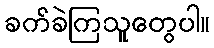
ခက်ခဲကြသူတွေပါ။